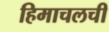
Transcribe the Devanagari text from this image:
हिमाचलची